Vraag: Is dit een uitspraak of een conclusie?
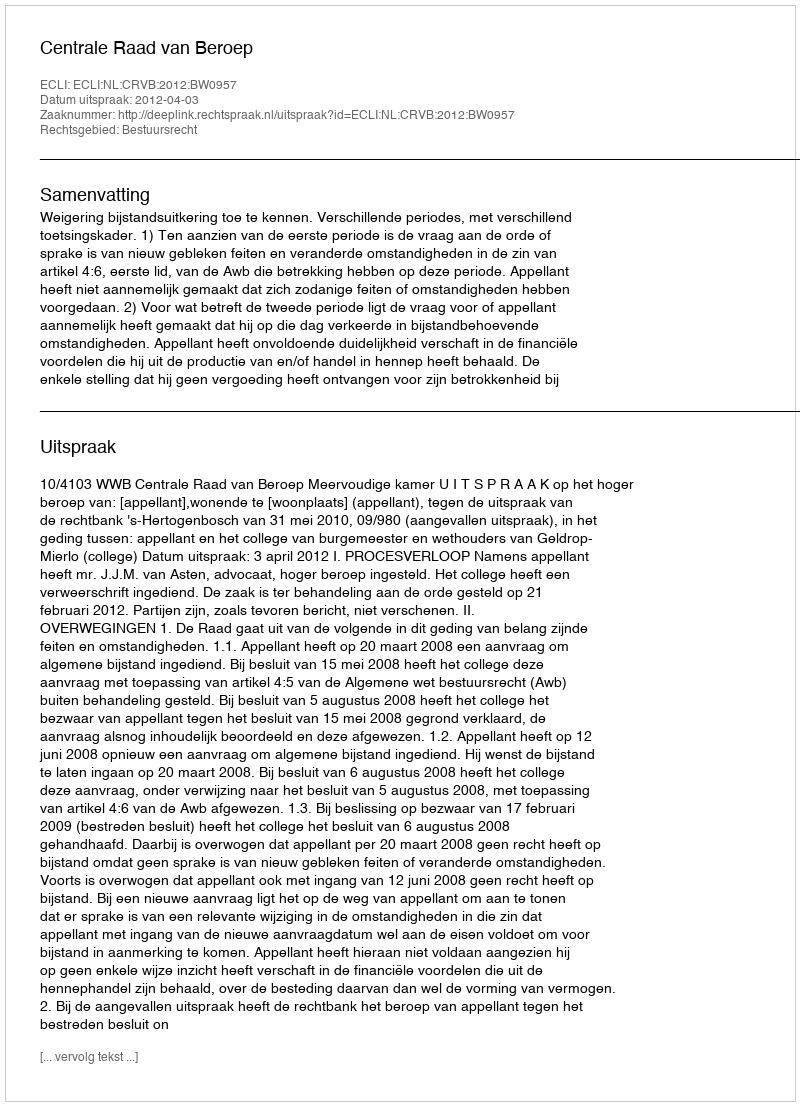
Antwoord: Uitspraak